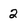
Character: 2